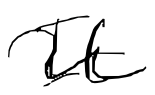
Text: It
Cross-out: wave
Writing tool: digital_black